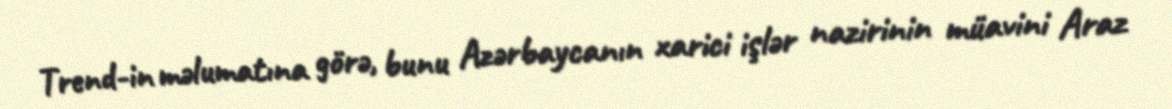
Trend-in məlumatına görə, bunu Azərbaycanın xarici işlər nazirinin müavini Araz